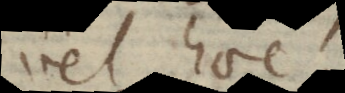
vel haec: